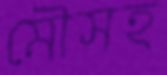
মৌসহ